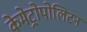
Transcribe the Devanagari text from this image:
केमेट्रोपोलिटन